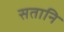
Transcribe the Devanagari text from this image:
सतानि